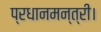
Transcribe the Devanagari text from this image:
प्रधानमन्त्री।